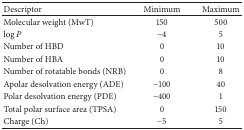
<table><thead><tr><td><b>Descriptor </b></td><td><b>Minimum </b></td><td><b>Maximum </b></td></tr></thead><tbody><tr><td>Molecular weight (MwT) </td><td>150 </td><td>500 </td></tr><tr><td>log⁡<i>P</i></td><td>−4</td><td>5 </td></tr><tr><td>Number of HBD </td><td>0 </td><td>10 </td></tr><tr><td>Number of HBA </td><td>0 </td><td>10 </td></tr><tr><td>Number of rotatable bonds (NRB) </td><td>0 </td><td>8 </td></tr><tr><td>Apolar desolvation energy (ADE) </td><td>−100</td><td>40 </td></tr><tr><td>Polar desolvation energy (PDE) </td><td>−400</td><td>1 </td></tr><tr><td>Total polar surface area (TPSA) </td><td>0 </td><td>150 </td></tr><tr><td>Charge (Ch) </td><td>−5</td><td>5 </td></tr></tbody></table>